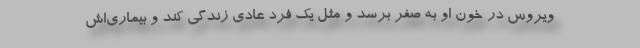
ویروس در خون او به صفر برسد و مثل یک فرد عادی زندگی کند و بیماری‌اش